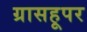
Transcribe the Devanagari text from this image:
ग्रासहूपर